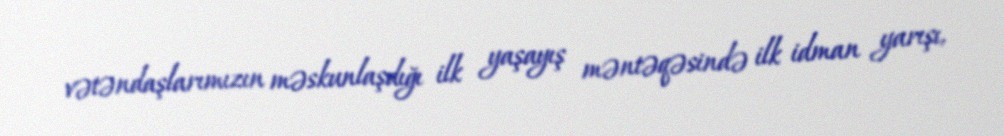
vətəndaşlarımızın məskunlaşdığı ilk yaşayış məntəqəsində ilk idman yarışı,